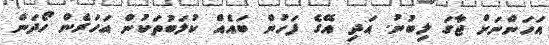
އަހަންނަށް ޖާގަ ލިބުނު. އަދި އޭގެ ފަހުން ބައެއް ކުލަބުތަކުން އަހަރެން ހޯދަން